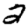
Digit: 2